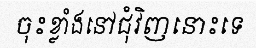
ចុះខ្លាំងនៅជុំវិញនោះទេ